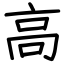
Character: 高